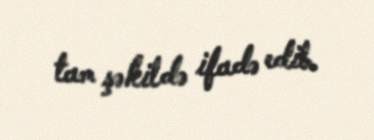
tam şəkildə ifadə edib.